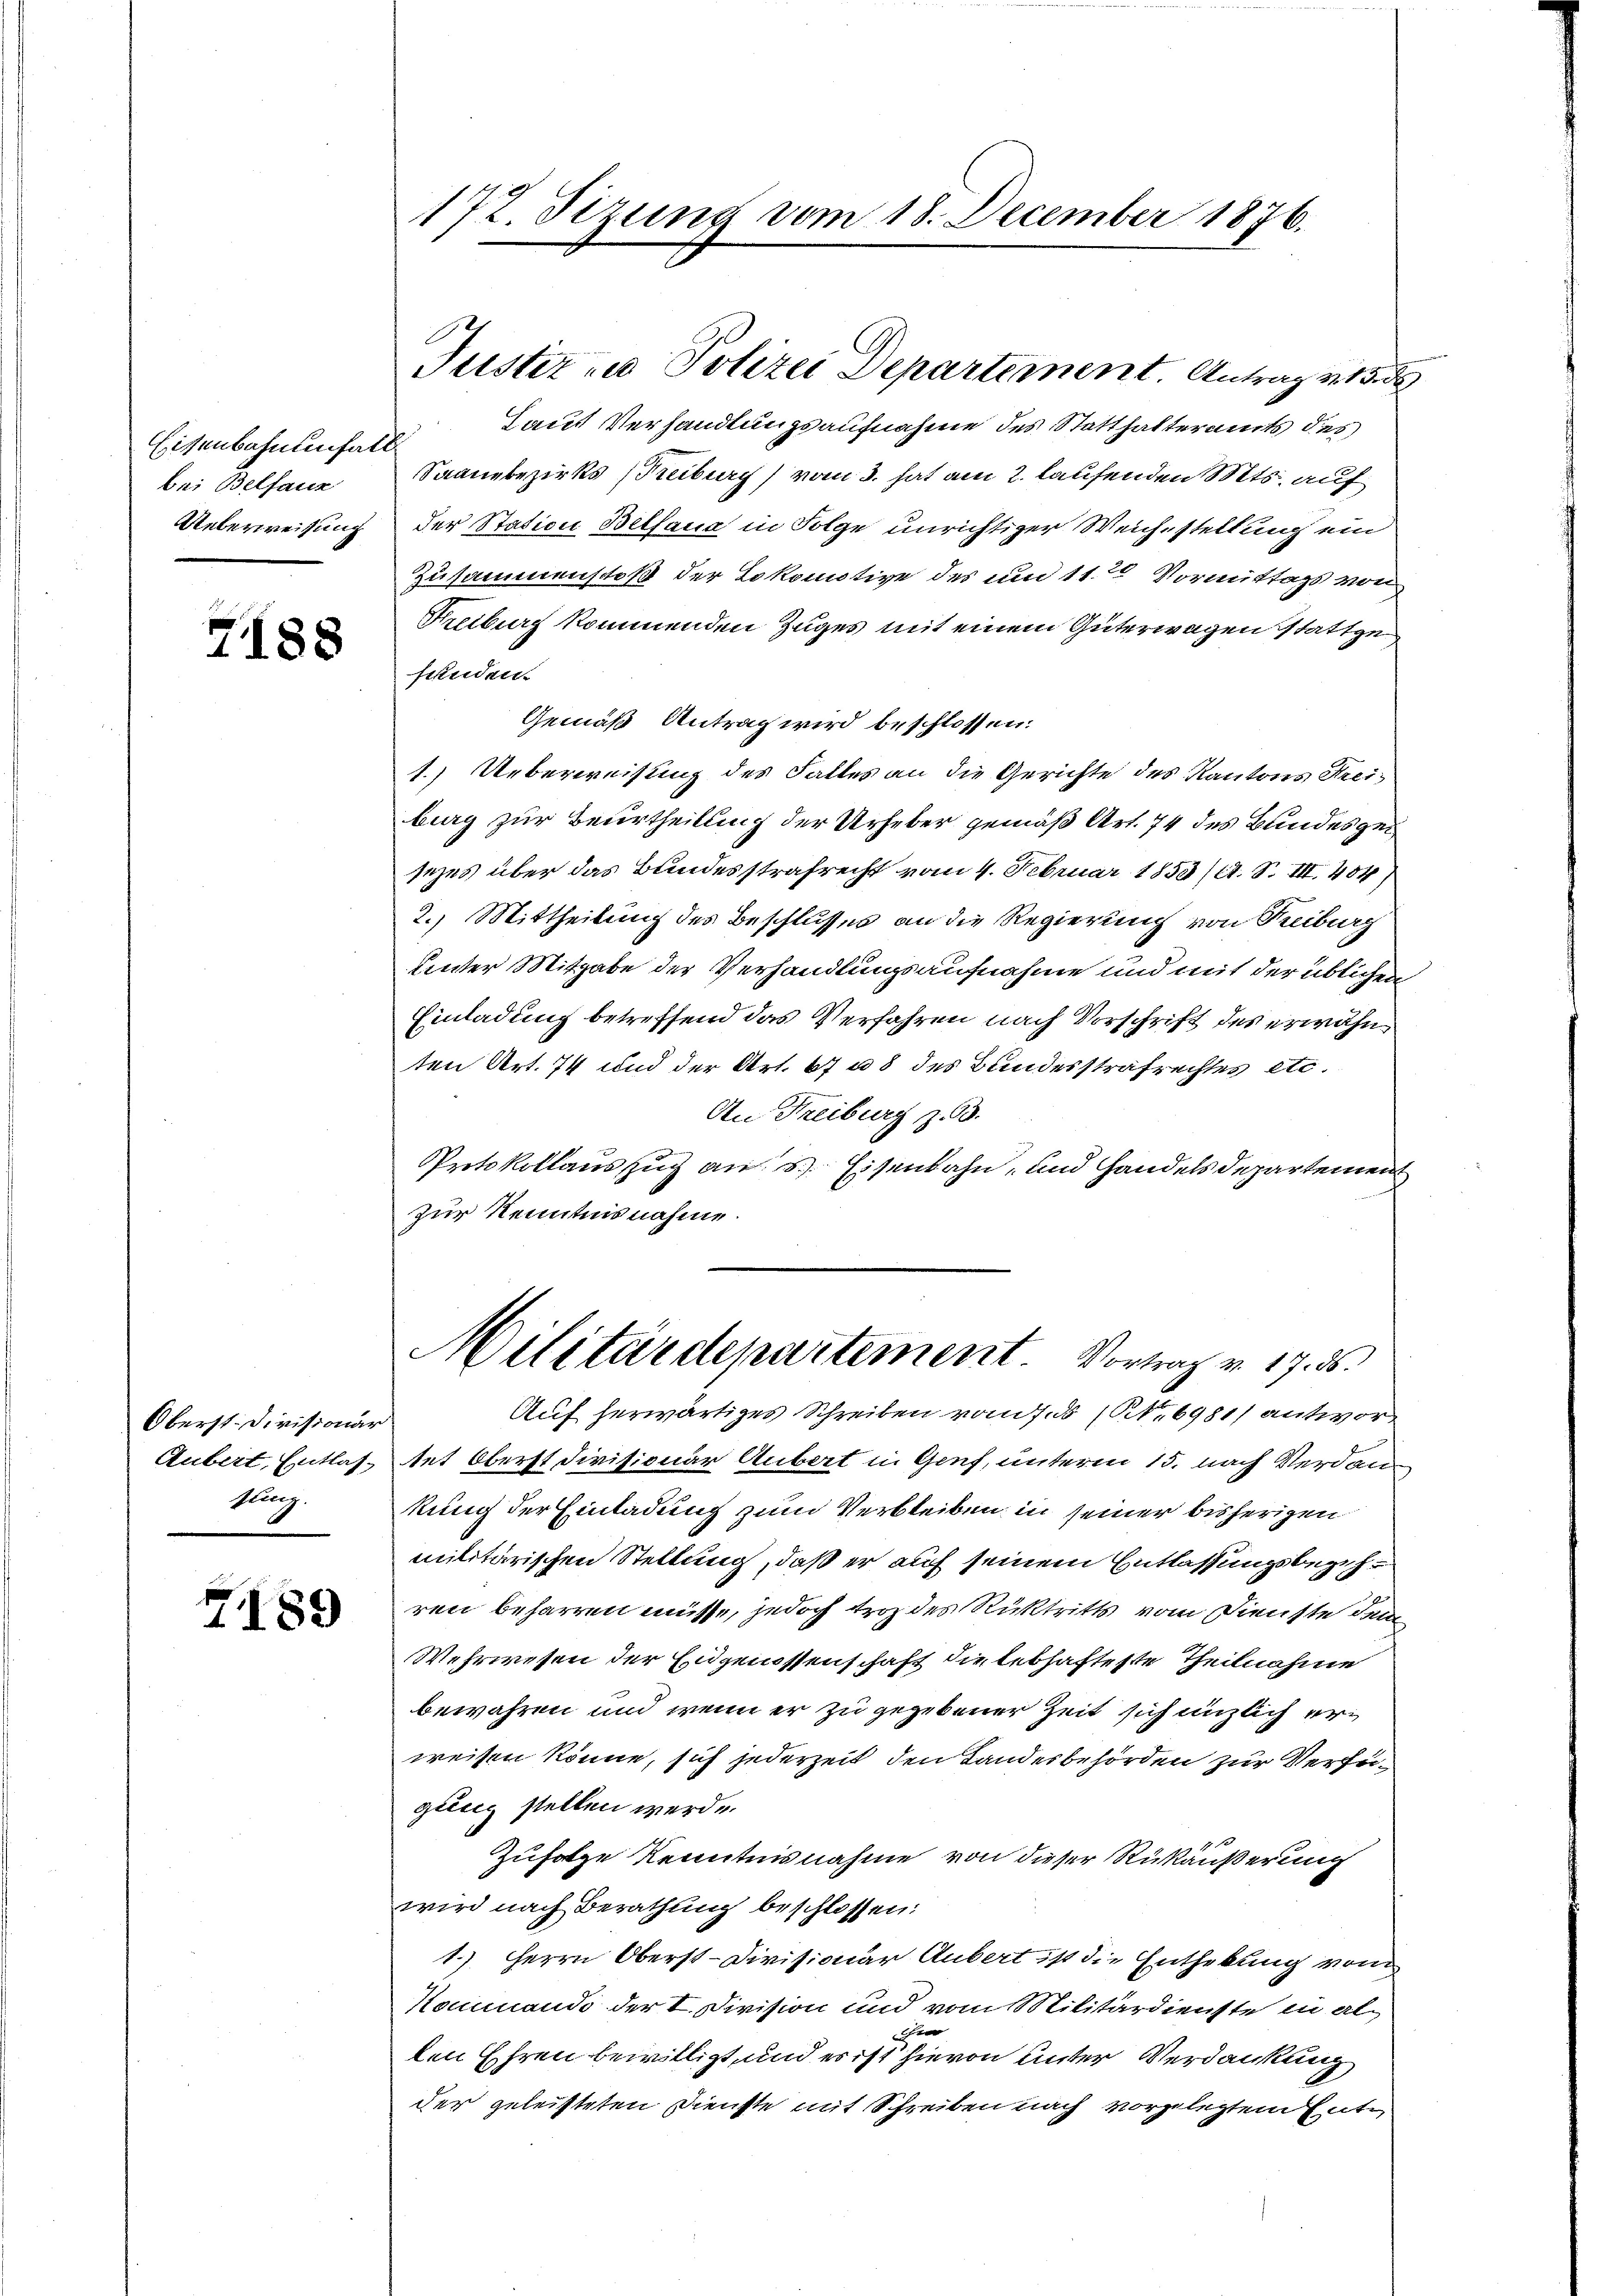
Eisenbahntenfall
bei Belfanz
Ueberweisung

7188

Oberst. Divisionar
zung.

7189

172. Sizung vom 18. December 1876.

Laut Verhandlungsaufnahme des Statthalteramts des
Saanebezirks (Reiburg) vom 3. hat am 2. laufenden Mts. auf
der Station Belsana in Folge unrichtiger Weichstellung ein
Zusammenstoß der Lokomotive des und 11te Vormittags von
Freiburg kommenden Zuges mit einem Güterwagen stattge
funden.
Gemäß Antrag wird beschlossen:
1.) Ueberweisung des Falles an die Gerichte des Kantons Freiburg zur Beurtheilung der Urheber gemäß Art. 74 des Bundesgesezes über das Bundesstrafrecht vom 4. Februar 1853 (1. S. III 484)
2.) Mittheilung des Beschlusses an die Regierung von Reiburg
Unter Mitgabe der Verhandlungsaufnahme und mit der üblichen
Einladung betreffend das Verfahren nach Vorschrift des erwähnten Art. 74 und der Art. 67 u 8 des Bundesstrafrechtes etc.
An Freiburg z. B.
Protokollauszug an u. Eisenbahn, und Handels Departement
zur Kenntnisnahme.
Militärdepartement. Vortrag v. 17. ds.
Auf herwärtiges Schreiben von f. (N. 6981) antwort
Aubert, Entlastet Oberst Divisionar Anbert in Genf, unterm 15. nach Verdankung der Einladung zum Verbleiben in seiner bisherigen
militärischen Stellung, daß er auf seinem Entlassungsbezahren beharren müsse, jedoch troz des Rücktritts vom Dienste dem
Wehrwesen der Eidgenossenschaft die lebhafteste Theilnahme
bewahren und wenn er zu gegebener Zeit sich unzlich erweisen könne, sich jederzeit den Landesbehörden zur Verfüqung stellen werde.
Zufolge Kenntnisnahme von dieser Rükäußerung
wird nach Berathung beschlossen:
1.) Herrn Oberst-Divisionar Gubert ist die Enthebung vom
Kommandi der I. Division und vom Militärdienste in allen Ehren bewilligt, und es ist hievon unter Verdankung
der geleisteten Dienste mit Schreiben nach vorgelegtem Ente

Justiz zu Polizei Departement. Antrag v. 158